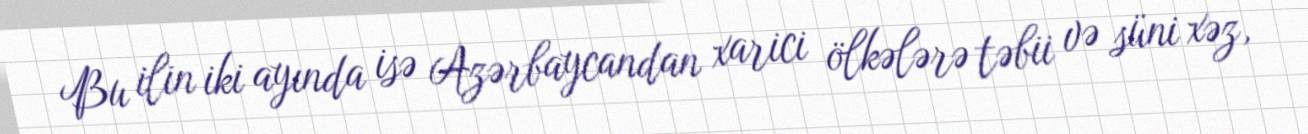
Bu ilin iki ayında isə Azərbaycandan xarici ölkələrə təbii və süni xəz,